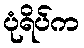
ပုံရိပ်က